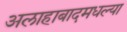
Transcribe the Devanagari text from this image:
अलाहाबादमधल्या